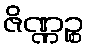
ဇိဏ္ဏဉ္စ